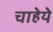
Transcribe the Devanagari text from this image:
चाहेये